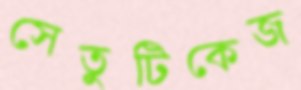
সেতুটিকেজ